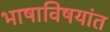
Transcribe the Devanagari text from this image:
भाषाविषयांत